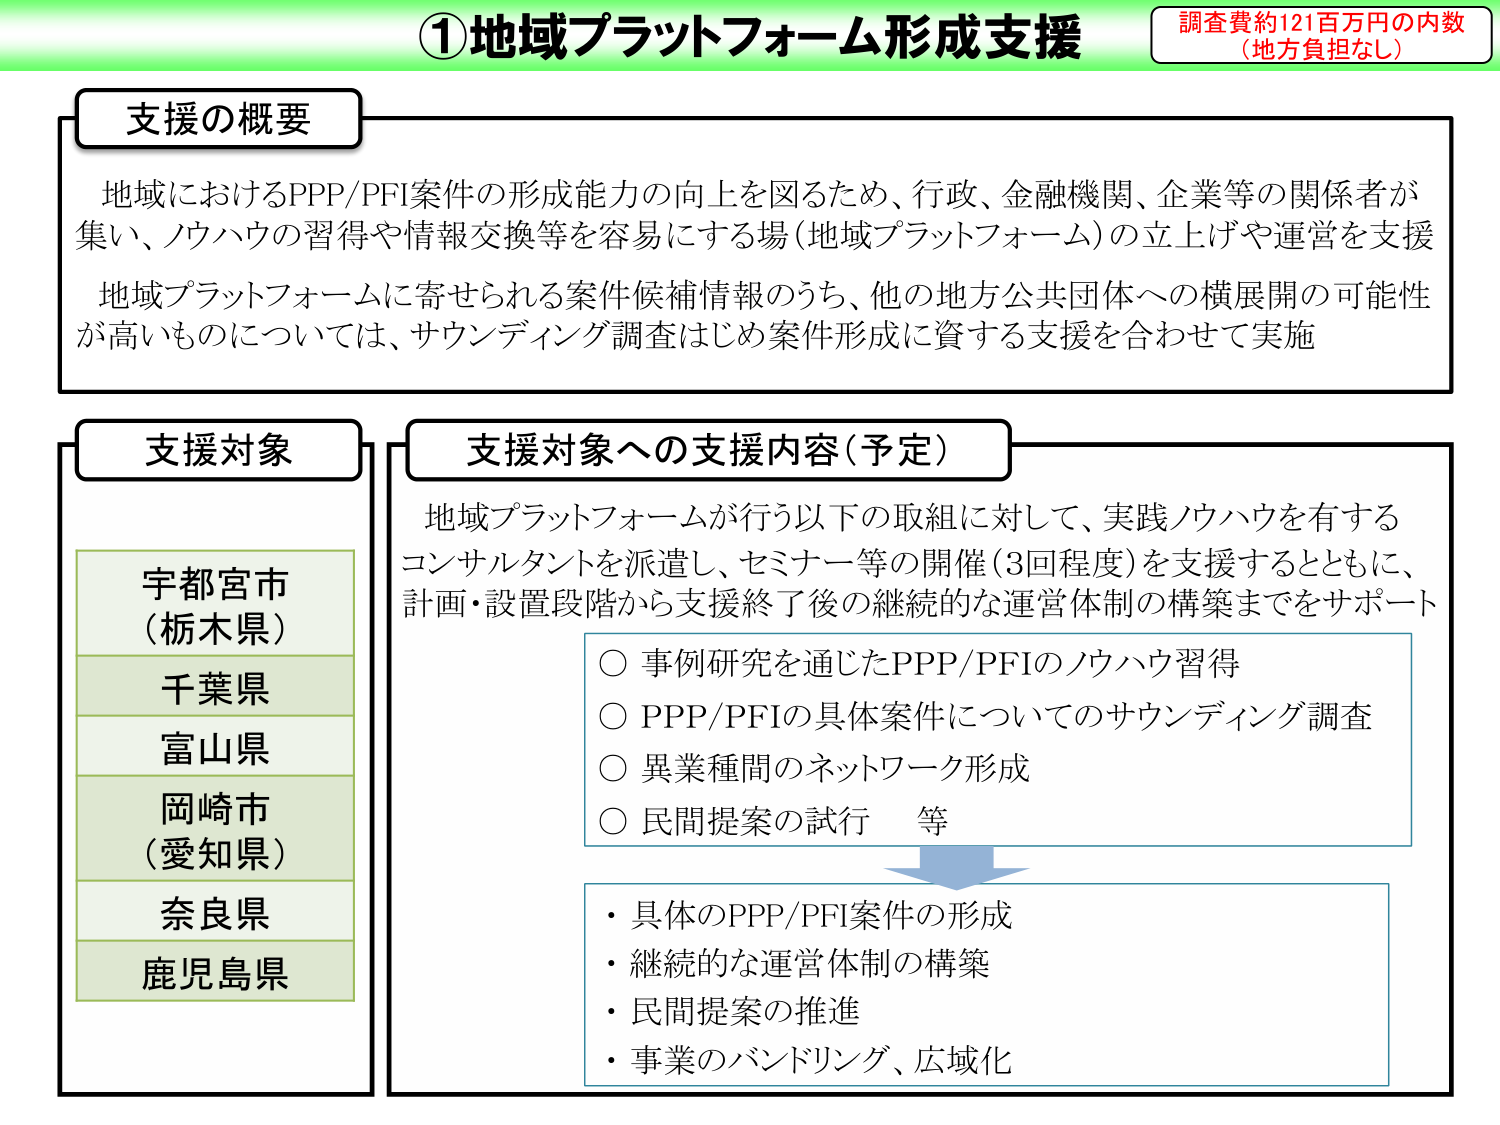
①地域プラットフォーム形成支援
調査費約121百万円の内数
（地方負担なし）

支援の概要
地域におけるPPP/PFI案件の形成能力の向上を図るため、行政、金融機関、企業等の関係者が集い、ノウハウの習得や情報交換等を容易にする場（地域プラットフォーム）の立上げや運営を支援
地域プラットフォームに寄せられる案件候補情報のうち、他の地方公共団体への横展開の可能性が高いものについては、サウンディング調査はじめ案件形成に資する支援を合わせて実施

支援対象
宇都宮市
（栃木県）
千葉県
富山県
岡崎市
（愛知県）
奈良県
鹿児島県

支援対象への支援内容（予定）
地域プラットフォームが行う以下の取組に対して、実践ノウハウを有するコンサルタントを派遣し、セミナー等の開催（3回程度）を支援するとともに、計画・設置段階から支援終了後の継続的な運営体制の構築までをサポート
○ 事例研究を通じたPPP/PFIのノウハウ習得
○ PPP/PFIの具体案件についてのサウンディング調査
○ 異業種間のネットワーク形成
○ 民間提案の試行　等

・具体的PPP/PFI案件の形成
・継続的な運営体制の構築
・民間提案の推進
・事業のバンドリング、広域化